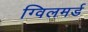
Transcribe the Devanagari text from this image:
ग्विलमर्ड